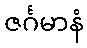
ဇင်္ဂမာနံ